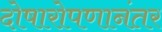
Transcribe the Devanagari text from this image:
दोषारोपणानंतर